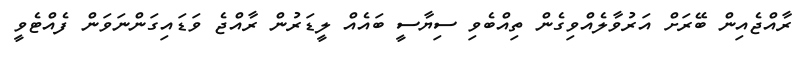
ރާއްޖެއިން ބޭރަށް އަރުވާލެއްވިގެން ތިއްބެވި ސިޔާސީ ބައެއް ލީޑަރުން ރާއްޖެ ވަޑައިގަންނަވަން ފެއްޓެވީ